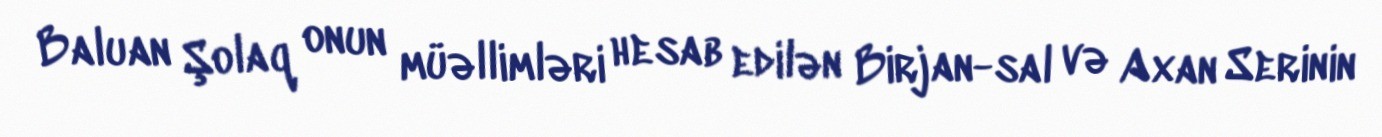
Baluan Şolaq onun müəllimləri hesab edilən Birjan-sal və Axan Serinin